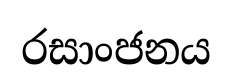
රසාංජනය